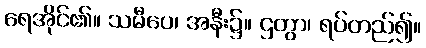
ရေအိုင်၏။ သမီပေ၊ အနီး၌။ ဌတွာ၊ ရပ်တည်၍။